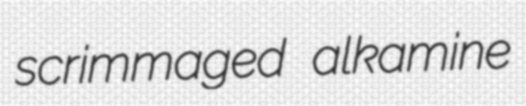
scrimmaged alkamine